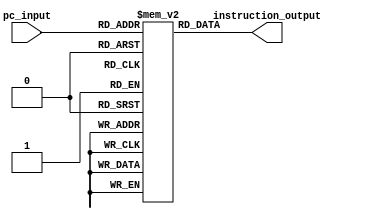
 module instruction_memory(
    input [7:0] pc_input,
    output reg [15:0] instruction_output
);

reg [15:0] memory [0:255];
initial begin

    memory[0] = 16'b0000000001010000;  
    memory[1] = 16'b0000100011010010;   
	 memory[2] = 16'b0000101110010100;   
    memory[3] = 16'b0000110111010101;	 
	 memory[4] = 16'b0000001001010110;
	 memory[5] = 16'b0000110001010111;
	 memory[6] = 16'b0000011001010011; // SLT
	 memory[7] = 16'b0001011010010111; // ADDI R2, R3, 23
	 memory[8] = 16'b0001100101001010; // ADDI R5, R4, 10
	 memory[9] = 16'b0011000001000101; // SB R1,5(R0)
    memory[10] = 16'b0010000111000101; // LW R7,5(R0)	
    memory[11] = 16'b0100001100000011; // BEQ R1,R4,3		
	 memory[15] = 16'b0101000000000010; //J
/*
    //code delay 400ns
    memory[0] = 16'b0001000001000101;  
    memory[1] = 16'b0001000010000001;   
	 memory[2] = 16'b0000001010011010;   
    memory[3] = 16'b0000000011001000;	 
	 memory[4] = 16'b0100000011000001;
	 memory[5] = 16'b0101000000000010;
*/
end

always @(pc_input)
begin
	 instruction_output = memory[pc_input];
end
endmodule